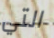
التي